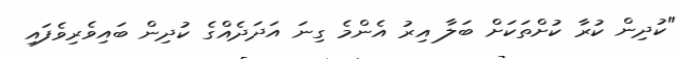
"ކުދިން ކުރާ ކުށްތަކަށް ބަލާ އިރު އެންމެ ގިނަ އަދަދެއްގެ ކުދިން ބައިވެރިވެފައި